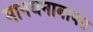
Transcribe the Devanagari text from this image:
मानधनाबाबत